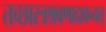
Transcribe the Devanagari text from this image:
तच्छास्त्रश्रवणादावन्यत्